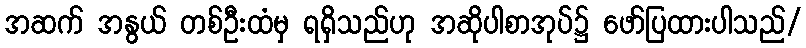
အဆက် အနွယ် တစ်ဦးထံမှ ရရှိသည်ဟု အဆိုပါစာအုပ်၌ ဖော်ပြထားပါသည်/